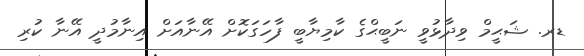
ޑރ. ޝަޙީމް ވިދާޅުވީ ނަބީޙްގެ ކާމިޔާބީ ފާހަގަކޮށް އޭނާއަށް އިނާމުދީ އޭނާ ކުރި